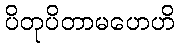
ပိတုပိတာမဟေဟိ